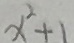
x ^ { 2 } + 1